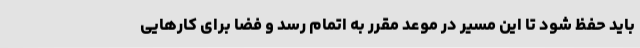
باید حفظ شود تا این مسیر در موعد مقرر به اتمام رسد و فضا برای کارهایی